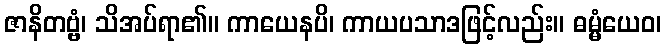
ဇာနိတဗ္ဗံ၊ သိအပ်ရာ၏။ ကာယေနပိ၊ ကာယပသာဒဖြင့်လည်း။ ဓမ္မံယေဝ၊